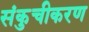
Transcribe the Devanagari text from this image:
संकुचीकरण